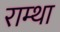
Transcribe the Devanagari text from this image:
राम्था